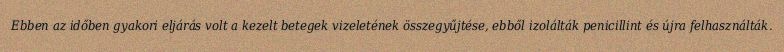
Ebben az időben gyakori eljárás volt a kezelt betegek vizeletének összegyűjtése, ebből izolálták penicillint és újra felhasználták.